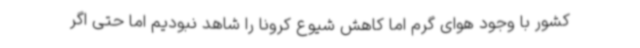
کشور با وجود هوای گرم اما کاهش شیوع کرونا را شاهد نبودیم اما حتی اگر